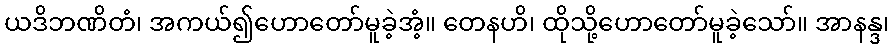
ယဒိဘဏိတံ၊ အကယ်၍ဟောတော်မူခဲ့အံ့။ တေနဟိ၊ ထိုသို့ဟောတော်မူခဲ့သော်။ အာနန္ဒ၊